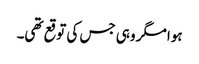
ہوا مگر وہی جس کی توقع تھی۔